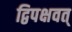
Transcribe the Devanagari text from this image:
द्विपक्षवत्‌